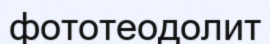
фототеодолит